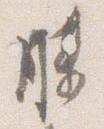
膝